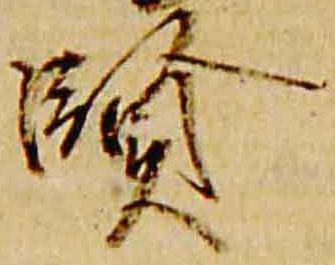
賢